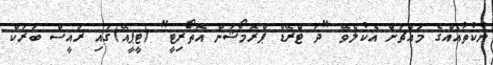
ނުކުތާއެއްގެ މައްޗަށް އެކުލެވޭ "ދަ ޓްރޭޑް ޕްރޮމޯޝަން އޮތޯރިޓީ" (ޓީޕީއޭ)ގައި ރައީސް ބަރަކް